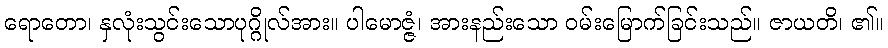
ရောတော၊ နှလုံးသွင်းသောပုဂ္ဂိုလ်အား။ ပါမောဇ္ဇံ၊ အားနည်းသော ဝမ်းမြောက်ခြင်းသည်။ ဇာယတိ၊ ၏။